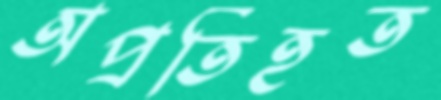
অপ্রতিহত